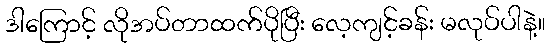
ဒါကြောင့် လိုအပ်တာထက်ပိုပြီး လေ့ကျင့်ခန်း မလုပ်ပါနဲ့။